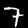
Label: 7